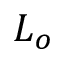
L _ { o }